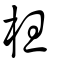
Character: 柦